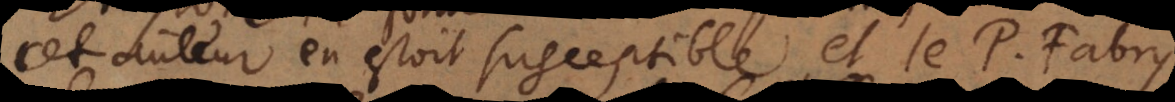
auteur en estoit susceptible, et le P. Fabry